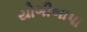
યોગીબાપા